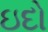
ઇદો